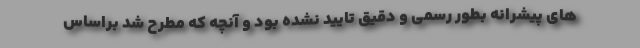
های پیشرانه بطور رسمی و دقیق تایید نشده بود و آنچه که مطرح شد براساس